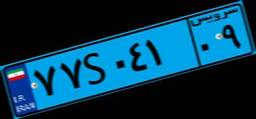
۷۷S۰۴۱۰۹